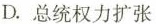
D.总统权力扩张